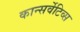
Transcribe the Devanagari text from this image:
कान्सर्वेटिव्स